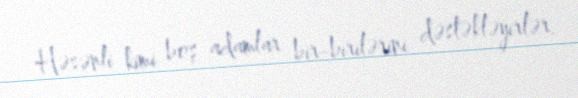
Həsənli kimi boş adamlar bir-birilərini dəstəkləyirlər.